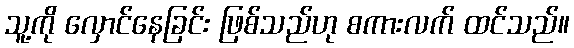
သူ့ကို လှောင်နေခြင်း ဖြစ်သည်ဟု စကားလက် ထင်သည်။